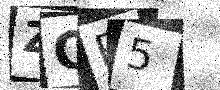
Text: ZOR5